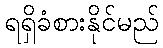
ရရှိခံစားနိုင်မည်